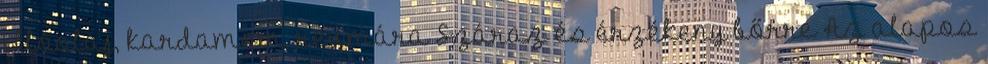
illóolaj, kardamom, reumára Száraz és érzékeny bőrre Az alapos